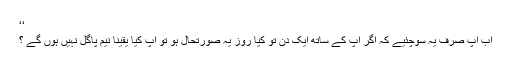
‘‘
اب آپ صرف یہ سوچئیے کہ اگر آپ کے ساتھ ایک دن تو کیا روز یہ صورتحال ہو تو آپ کیا یقینا نیم پاگل نہیں ہوں گے ؟